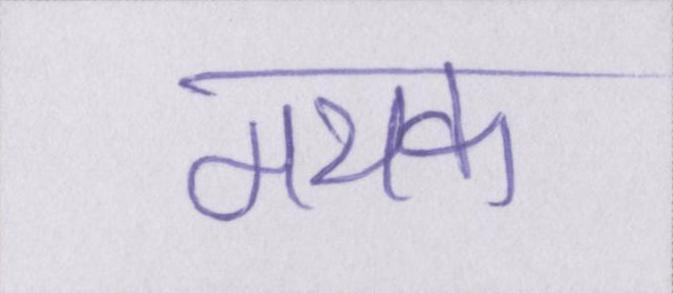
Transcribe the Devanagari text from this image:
मथक